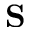
\mathbf { S }